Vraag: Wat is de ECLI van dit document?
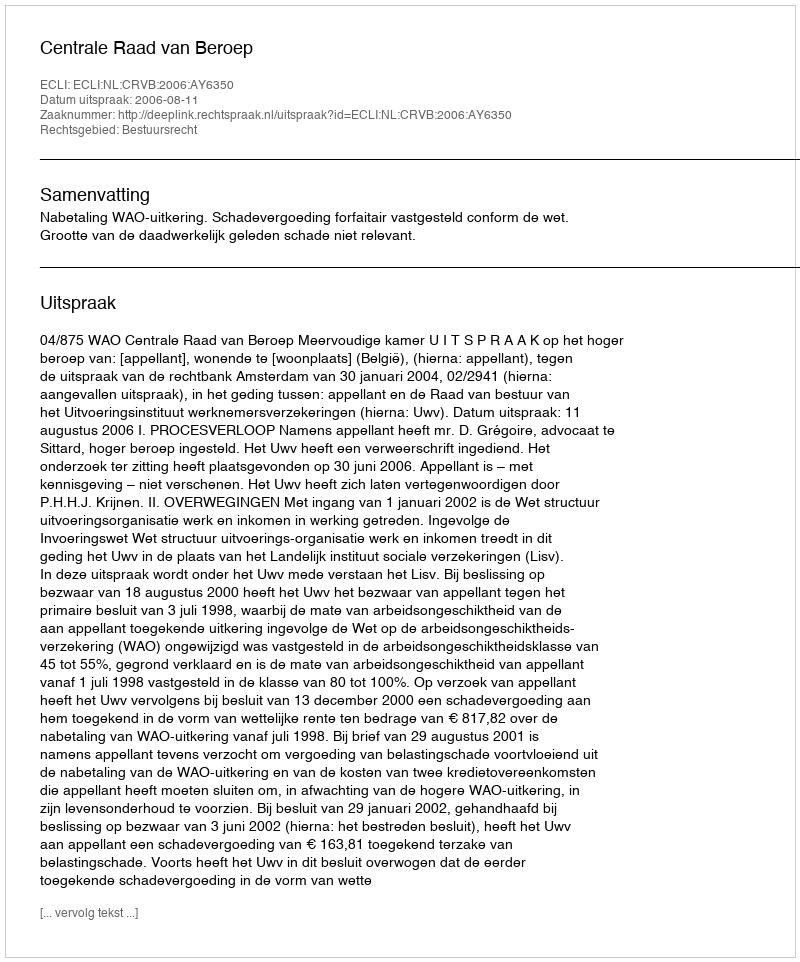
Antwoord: ECLI:NL:CRVB:2006:AY6350